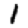
Digit: 1